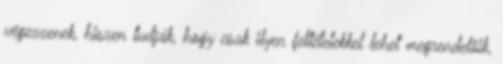
végezzenek, hiszen tudják, hogy csak ilyen feltételekkel lehet megrendelôik,